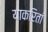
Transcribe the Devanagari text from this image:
याकरितां